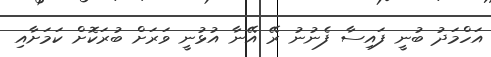
އަހްމަދު ބުނީ ފައިސާ ފެނުނު ރޭ އޭނާ އުޅުނީ ވަރަށް ބުރަކޮށް ކަމަށާއި